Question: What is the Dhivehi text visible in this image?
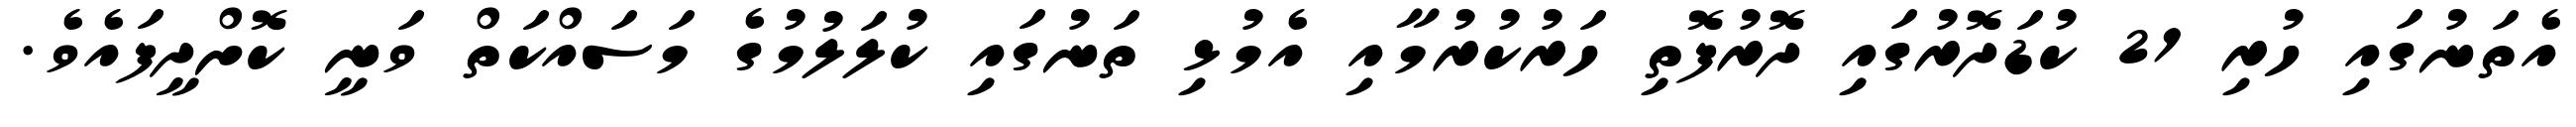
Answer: އެތަނުގައި ހުރި 21 ކުޑަދޮރުގައި ދޮރުފޮތި ހަރުކުރުމާއި އެމުޅި ތަނުގައި ކުލަލުމުގެ މަސައްކަތް ވަނީ ކޮށްދީފައެވެ.